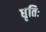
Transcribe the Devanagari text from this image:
धृतिः